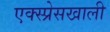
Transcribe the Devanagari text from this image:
एक्स्प्रेसखाली